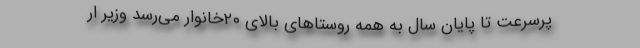
پرسرعت تا پایان سال به همه روستاهای بالای ۲۰خانوار می‌رسد وزیر ار